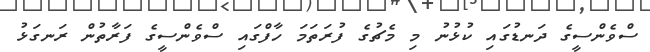
ސްވެންސީގެ ދަނޑުގައި ކުޅުނު މި މެޗުގެ ފުރަތަމަ ހާފްގައި ސްވެންސީގެ ފަރާތުން ރަނގަޅު